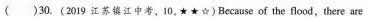
( )30.(2019 江苏填江中考,10.)Because of the flood,there are